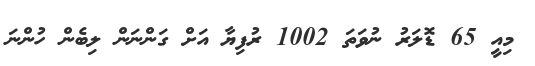
މިއީ 65 ޑޮލަރު ނުވަތަ 1002 ރުފިޔާ އަށް ގަންނަން ލިބެން ހުންނަ